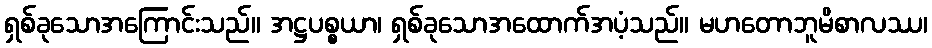
ရှစ်ခုသောအကြောင်းသည်။ အဋ္ဌပစ္စယာ၊ ရှစ်ခုသောအထောက်အပံ့သည်။ မဟတောဘူမိစာလဿ၊